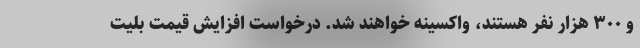
و ۳۰۰ هزار نفر هستند، واکسینه خواهند شد. درخواست افزایش قیمت بلیت